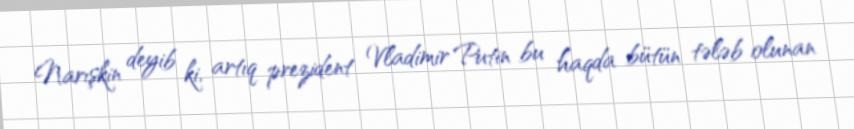
Narışkin deyib ki, artıq prezident Vladimir Putin bu haqda bütün tələb olunan